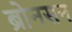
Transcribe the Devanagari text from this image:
ब्रोनसन